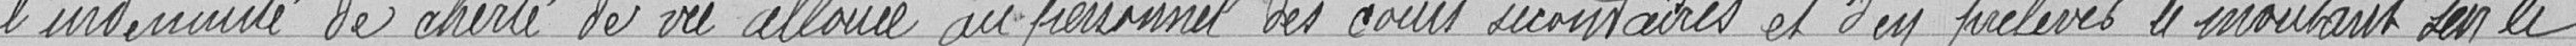
l'indemnité de cherté de vie allouée au personne des cours secondaires et d'en prélever le montant sur le